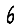
Digit: 6